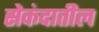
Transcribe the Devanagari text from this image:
सेकंदातील